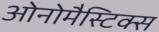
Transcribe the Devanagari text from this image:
ओनोमैस्टिक्स